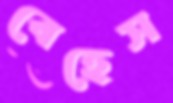
বেহেস